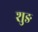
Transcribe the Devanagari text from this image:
शुङ